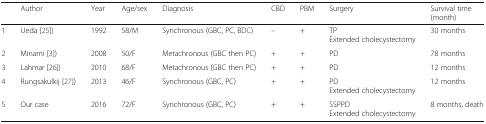
<table><thead><tr><td></td><td><b>Author</b></td><td><b>Year</b></td><td><b>Age/sex</b></td><td><b>Diagnosis</b></td><td><b>CBD</b></td><td><b>PBM</b></td><td><b>Surgery</b></td><td><b>Survival time(month)</b></td></tr></thead><tbody><tr><td>1</td><td>Ueda [25])</td><td>1992</td><td>58/M</td><td>Synchronous (GBC, PC, BDC)</td><td>–</td><td>+</td><td>TPExtended cholecystectomy</td><td>30 months</td></tr><tr><td>2</td><td>Minami [3])</td><td>2008</td><td>50/F</td><td>Metachronous (GBC then PC)</td><td>+</td><td>+</td><td>PD</td><td>78 months</td></tr><tr><td>3</td><td>Lahmar [26])</td><td>2010</td><td>68/F</td><td>Metachronous (GBC then PC)</td><td>+</td><td>+</td><td>PD</td><td>12 months</td></tr><tr><td>4</td><td>Rungsakulkij [27])</td><td>2013</td><td>46/F</td><td>Synchronous (GBC, PC)</td><td>+</td><td>+</td><td>PDExtended cholecystectomy</td><td>12 months</td></tr><tr><td>5</td><td>Our case</td><td>2016</td><td>72/F</td><td>Synchronous (GBC, PC)</td><td>+</td><td>+</td><td>SSPPDExtended cholecystectomy</td><td>8 months, death</td></tr></tbody></table>